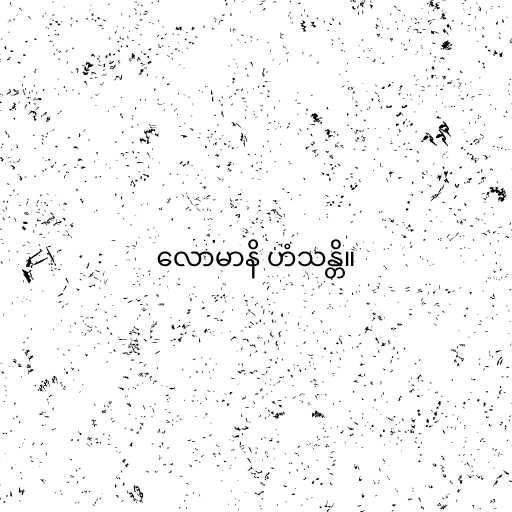
လောမာနိ ဟံသန္တိ။